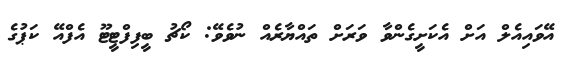
އޭވައިއެލް އަށް އެކަށީގެންވާ ވަރަށް ތައްޔާރެއް ނުވެވޭ: ކޯޗު ބީފިފްޓީޓޫ އެފްއޭ ކަޕުގެ